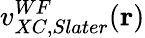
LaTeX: v_{XC,Slater}^{WF}(\mathbf{r})